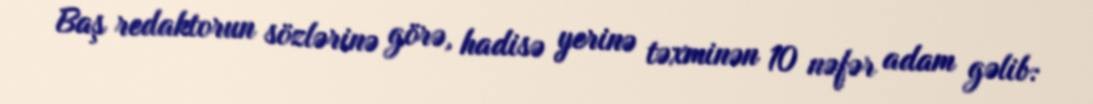
Baş redaktorun sözlərinə görə, hadisə yerinə təxminən 10 nəfər adam gəlib: